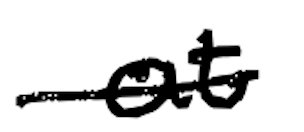
Text: at
Cross-out: single-line
Writing tool: digital_black